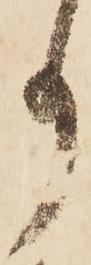
事